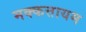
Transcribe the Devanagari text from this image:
मक्कत्तायम